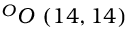
^ { O } O \ ( 1 4 , 1 4 )